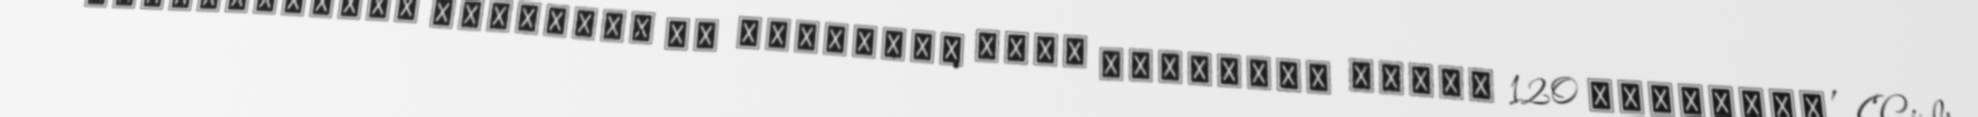
‘Таинственная компания за короткий срок выиграла более 120 тендеров’ (‘Gizli